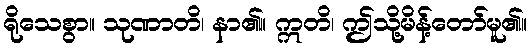
ရိုသေစွာ။ သုဏာတိ၊ နာ၏။ ဣတိ၊ ဤသို့မိန့်တော်မူ၏။